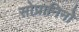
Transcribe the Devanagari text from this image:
सोप्रानिनो